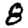
Digit: 8